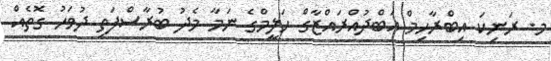
މ. ރަނިކަ އިބްރާހިމް އަބްދުއްރައްޒާގް ހަލީމްގެ ނަމާ މެދު ބުރާސްފަތި ދުވަހު ގޮތެއް